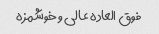
فوق العاده عالی و خوشمزه